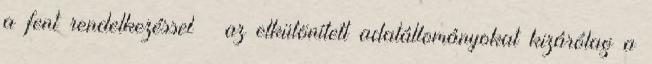
a fent rendelkezéssel – az elkülönített adatállományokat kizárólag a